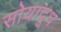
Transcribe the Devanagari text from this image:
सोयादूध